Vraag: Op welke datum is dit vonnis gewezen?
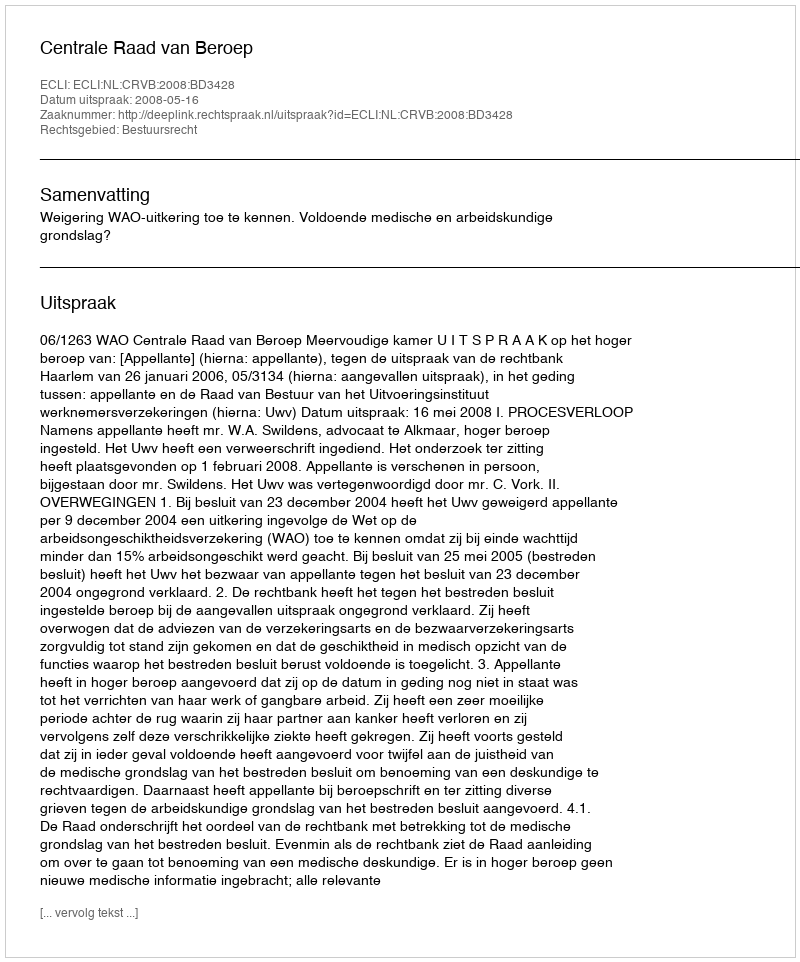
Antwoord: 2008-05-16